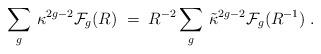
LaTeX: \begin{align*}\sum_{g}\, \kappa^{2g-2}{\cal F}_{g}(R) \;=\;R^{-2}\sum_{g}\, \tilde{\kappa}^{2g-2}{\cal F}_{g}(R^{-1}) \; .\end{align*}